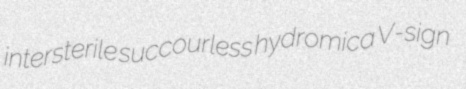
intersterile succourless hydromica V-sign